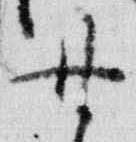
無